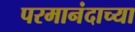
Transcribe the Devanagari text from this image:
परमानंदाच्या